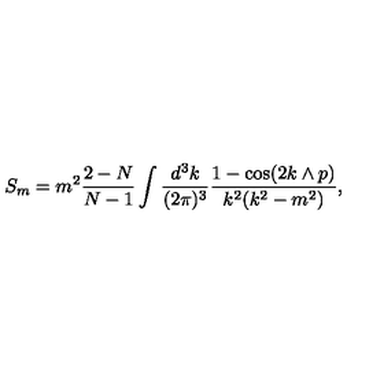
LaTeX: S _ { m } = m ^ { 2 } \frac { 2 - N } { N - 1 } \int \frac { d ^ { 3 } k } { ( 2 \pi ) ^ { 3 } } \frac { 1 - \cos ( 2 k \wedge p ) } { k ^ { 2 } ( k ^ { 2 } - m ^ { 2 } ) } ,